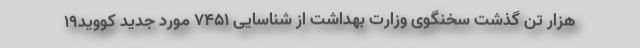
هزار تن گذشت سخنگوی وزارت بهداشت از شناسایی ۷۴۵۱ مورد جدید کووید۱۹